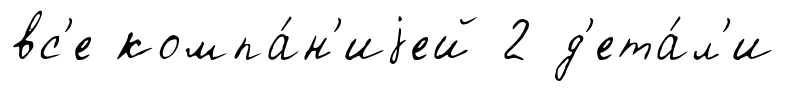
вс'е компа́н'иjей 2 д'ета́л'и